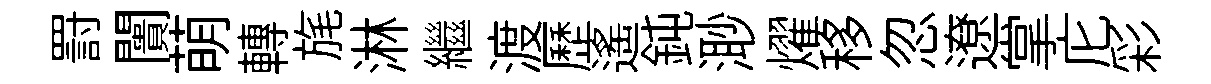
罸闠萌轉旄淋繼渡歷遥鈍𣺌燿移忽遼掌庀彩